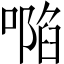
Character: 𠽏